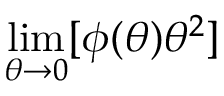
\operatorname* { l i m } _ { \theta \rightarrow 0 } [ \phi ( \theta ) \theta ^ { 2 } ]